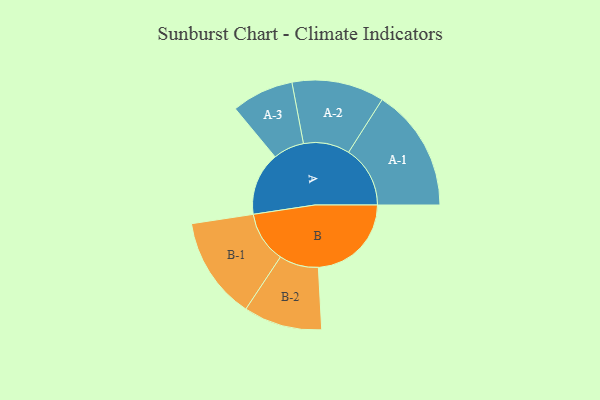
{"axis": {"x": "Segment", "y": "Value"}, "legend": ["", "A", "B"], "data": [{"x": "A", "y": 291, "type": ""}, {"x": "B", "y": 429, "type": ""}, {"x": "A-1", "y": 284, "type": "A"}, {"x": "A-2", "y": 213, "type": "A"}, {"x": "A-3", "y": 143, "type": "A"}, {"x": "B-1", "y": 236, "type": "B"}, {"x": "B-2", "y": 181, "type": "B"}]}